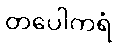
တပေါကရံ